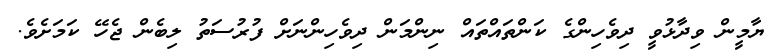
ޔާމީން ވިދާޅުވީ ދިވެހިންގެ ކަންތައްތައް ނިންމަން ދިވެހިންނަށް ފުރުސަތު ލިބެން ޖެހޭ ކަމަށެވެ.